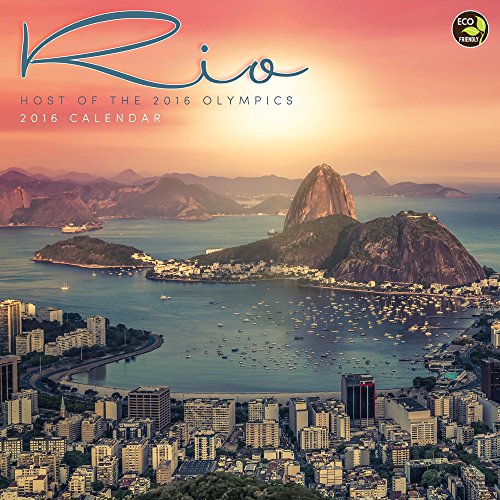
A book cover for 2016 Rio Host of the 2016 Summer Olympics Wall Calendar; TF Publishing; Travel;